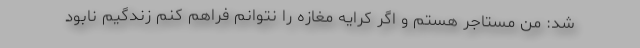
شد: من مستاجر هستم و اگر کرایه مغازه را نتوانم فراهم کنم زندگیم نابود